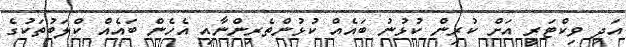
އަދި ވިކްޓަރީ އަށް ކުރިން ކުޅުނު ބައެއް ކުޅުންތެރިންނާއި އެހެން ބައެއް ކްލަބުތަކުގެ